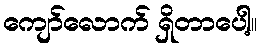
ကျော်လောက် ရှိတာပေါ့။